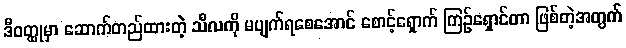
ဒီဝတ္ထုမှာ ဆောက်တည်ထားတဲ့ သီလကို မပျက်ရစေအောင် စောင့်ရှောက် ကြဉ်ရှောင်တာ ဖြစ်တဲ့အတွက်